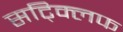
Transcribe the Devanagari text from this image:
सट्क्लिफ